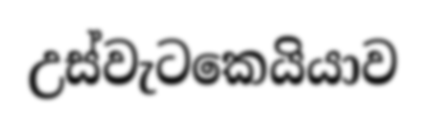
උස්වැටකෙයියාව